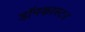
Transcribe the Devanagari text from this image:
डॉनकास्टर